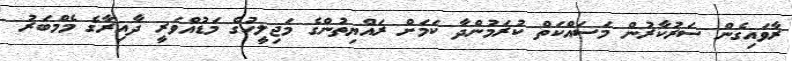
ރާވައިގެން ސަރުކާރުން މަސައްކަތް ކުރަމުންދާ ކަމަށް ރައްޔިތުންގެ މަޖިލީހުގެ މަޑުއްވަރީ ދާއިރާގެ މެމްބަރު